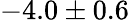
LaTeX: -4.0\pm 0.6